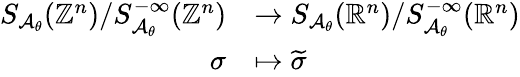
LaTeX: \begin{array}{rl}{S_{\mathcal{A}_{\theta}}(\mathbb{Z}^{n})/S_{\mathcal{A}_{\theta}}^{-\infty}(\mathbb{Z}^{n})}&{\to S_{\mathcal{A}_{\theta}}(\mathbb{R}^{n})/S_{\mathcal{A}_{\theta}}^{-\infty}(\mathbb{R}^{n})}\\ {\sigma}&{\mapsto\widetilde\sigma}\end{array}